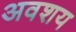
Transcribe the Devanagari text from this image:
अवशय